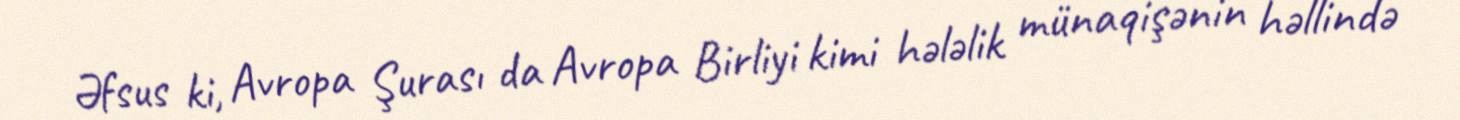
Əfsus ki, Avropa Şurası da Avropa Birliyi kimi hələlik münaqişənin həllində